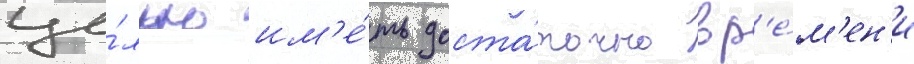
це́лью им'е́ть доста́точно вр'е́м'ен'и